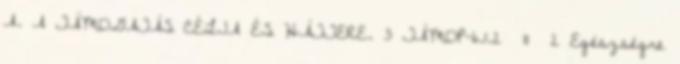
A. A TÁMOGATÁS CÉLJA ÉS HÁTTERE. 3 TÁMOP-6.1.2 11 2 Egészségre